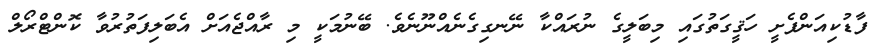
ފާޑުކިއަންފެށީ ހަޤީގަތުގައި މިބަލީގެ ނުރައްކާ ނޭނގިގެނެއްނޫނެވެ. ބޭނުމަކީ މި ރާއްޖެއަށް އެބަލިފަތުރުވާ ކޮންޓްރޯލް